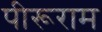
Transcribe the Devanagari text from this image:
पीरूराम